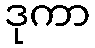
ဒုကာ